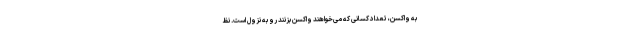
به واکسن، تعداد کسانی که می‌خواهند واکسن بزنند رو به نزول است. نظ